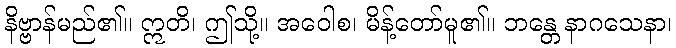
နိဗ္ဗာန်မည်၏။ ဣတိ၊ ဤသို့။ အဝေါစ၊ မိန့်တော်မူ၏။ ဘန္တေ နာဂသေနာ၊